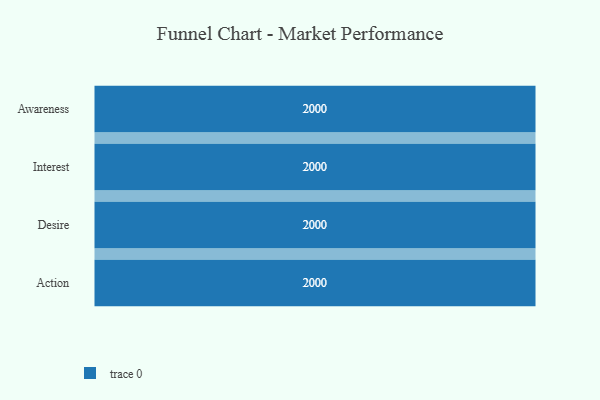
{"axis": {"x": "Stage", "y": "Value"}, "legend": [""], "data": [{"x": "Awareness", "y": 2000, "type": ""}, {"x": "Interest", "y": 2000, "type": ""}, {"x": "Desire", "y": 2000, "type": ""}, {"x": "Action", "y": 2000, "type": ""}]}